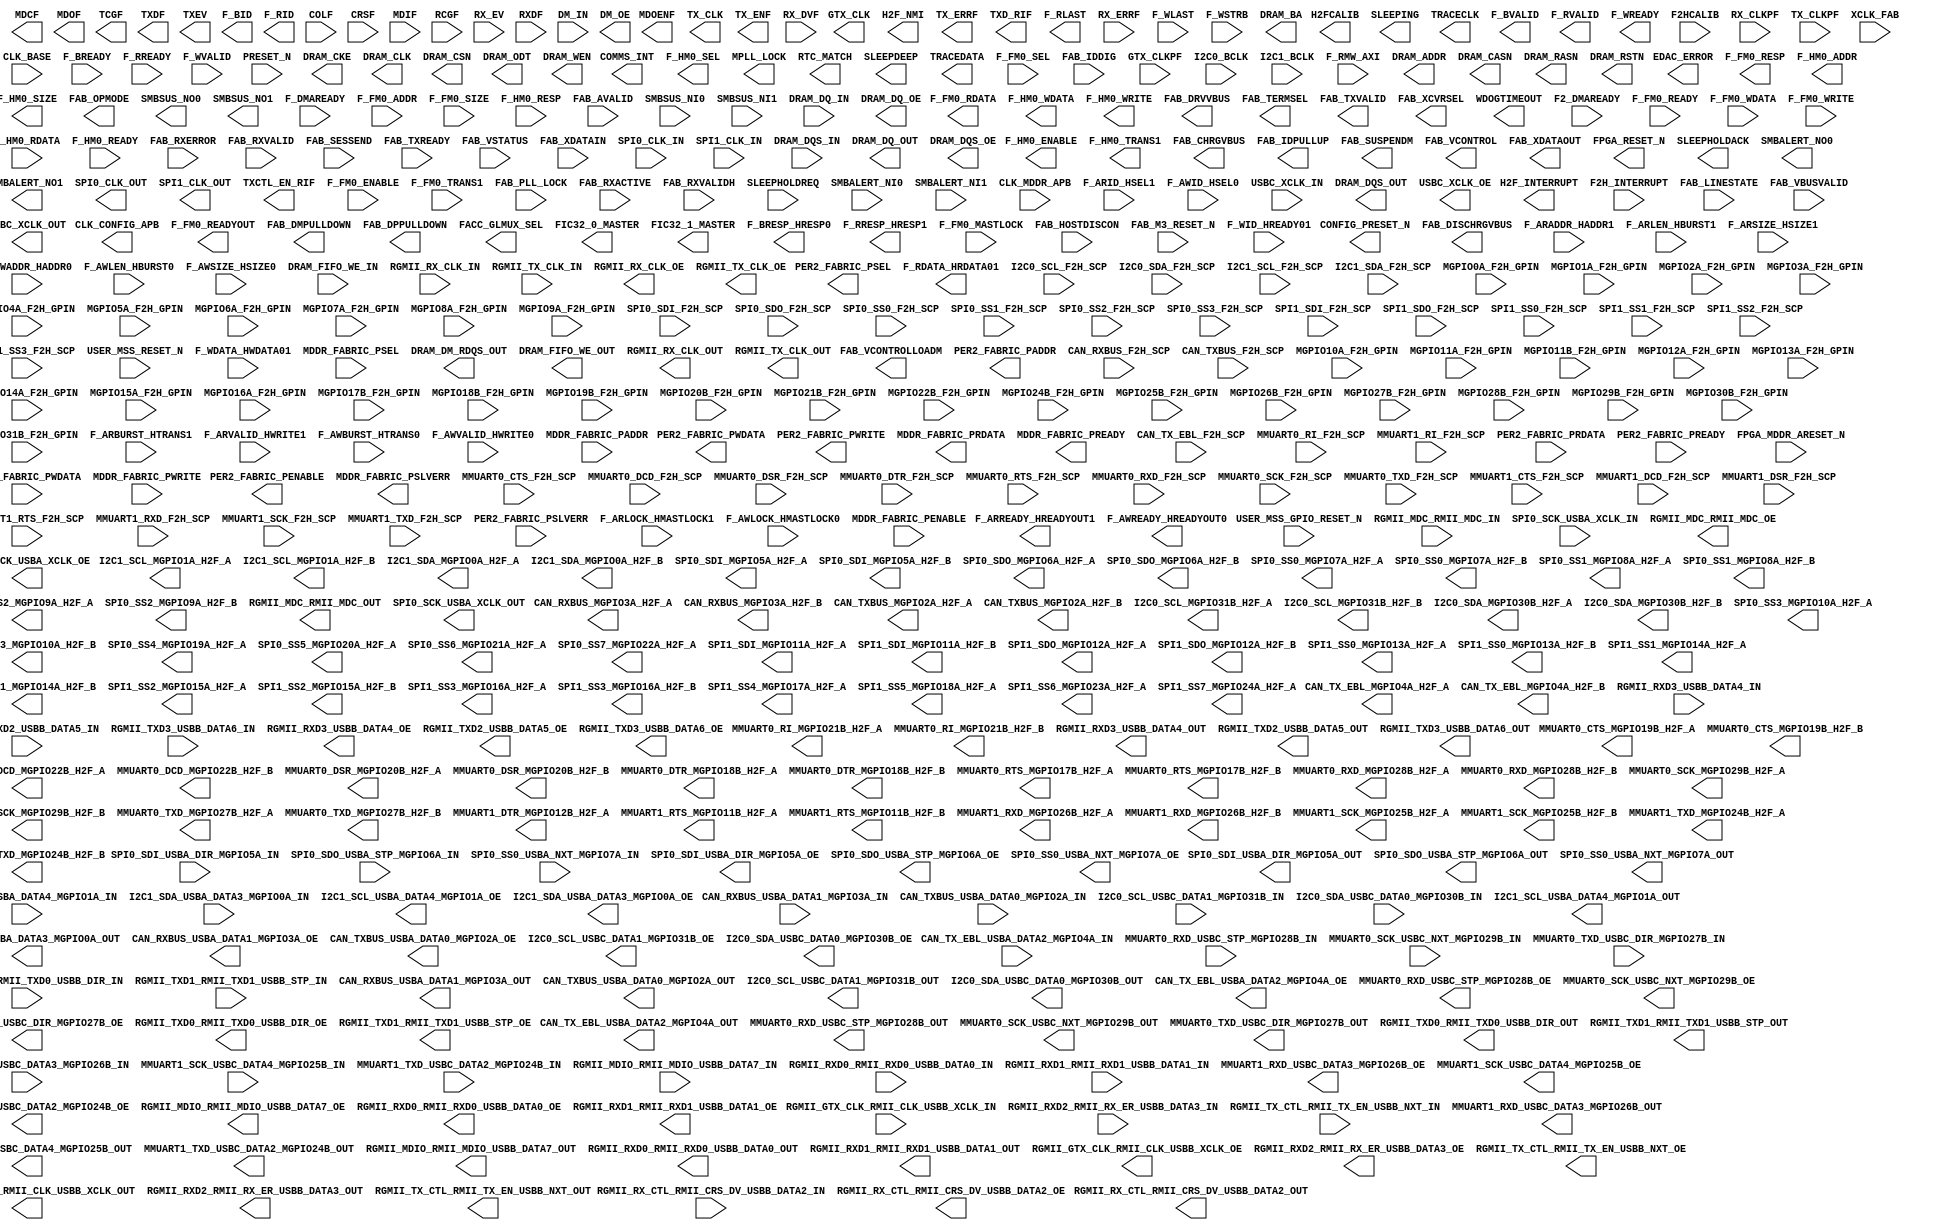
`timescale 1 ns/100 ps
// Version: 


module MSS_005(
       CAN_RXBUS_MGPIO3A_H2F_A,
       CAN_RXBUS_MGPIO3A_H2F_B,
       CAN_TX_EBL_MGPIO4A_H2F_A,
       CAN_TX_EBL_MGPIO4A_H2F_B,
       CAN_TXBUS_MGPIO2A_H2F_A,
       CAN_TXBUS_MGPIO2A_H2F_B,
       CLK_CONFIG_APB,
       COMMS_INT,
       CONFIG_PRESET_N,
       EDAC_ERROR,
       F_FM0_RDATA,
       F_FM0_READYOUT,
       F_FM0_RESP,
       F_HM0_ADDR,
       F_HM0_ENABLE,
       F_HM0_SEL,
       F_HM0_SIZE,
       F_HM0_TRANS1,
       F_HM0_WDATA,
       F_HM0_WRITE,
       FAB_CHRGVBUS,
       FAB_DISCHRGVBUS,
       FAB_DMPULLDOWN,
       FAB_DPPULLDOWN,
       FAB_DRVVBUS,
       FAB_IDPULLUP,
       FAB_OPMODE,
       FAB_SUSPENDM,
       FAB_TERMSEL,
       FAB_TXVALID,
       FAB_VCONTROL,
       FAB_VCONTROLLOADM,
       FAB_XCVRSEL,
       FAB_XDATAOUT,
       FACC_GLMUX_SEL,
       FIC32_0_MASTER,
       FIC32_1_MASTER,
       FPGA_RESET_N,
       GTX_CLK,
       H2F_INTERRUPT,
       H2F_NMI,
       H2FCALIB,
       I2C0_SCL_MGPIO31B_H2F_A,
       I2C0_SCL_MGPIO31B_H2F_B,
       I2C0_SDA_MGPIO30B_H2F_A,
       I2C0_SDA_MGPIO30B_H2F_B,
       I2C1_SCL_MGPIO1A_H2F_A,
       I2C1_SCL_MGPIO1A_H2F_B,
       I2C1_SDA_MGPIO0A_H2F_A,
       I2C1_SDA_MGPIO0A_H2F_B,
       MDCF,
       MDOENF,
       MDOF,
       MMUART0_CTS_MGPIO19B_H2F_A,
       MMUART0_CTS_MGPIO19B_H2F_B,
       MMUART0_DCD_MGPIO22B_H2F_A,
       MMUART0_DCD_MGPIO22B_H2F_B,
       MMUART0_DSR_MGPIO20B_H2F_A,
       MMUART0_DSR_MGPIO20B_H2F_B,
       MMUART0_DTR_MGPIO18B_H2F_A,
       MMUART0_DTR_MGPIO18B_H2F_B,
       MMUART0_RI_MGPIO21B_H2F_A,
       MMUART0_RI_MGPIO21B_H2F_B,
       MMUART0_RTS_MGPIO17B_H2F_A,
       MMUART0_RTS_MGPIO17B_H2F_B,
       MMUART0_RXD_MGPIO28B_H2F_A,
       MMUART0_RXD_MGPIO28B_H2F_B,
       MMUART0_SCK_MGPIO29B_H2F_A,
       MMUART0_SCK_MGPIO29B_H2F_B,
       MMUART0_TXD_MGPIO27B_H2F_A,
       MMUART0_TXD_MGPIO27B_H2F_B,
       MMUART1_DTR_MGPIO12B_H2F_A,
       MMUART1_RTS_MGPIO11B_H2F_A,
       MMUART1_RTS_MGPIO11B_H2F_B,
       MMUART1_RXD_MGPIO26B_H2F_A,
       MMUART1_RXD_MGPIO26B_H2F_B,
       MMUART1_SCK_MGPIO25B_H2F_A,
       MMUART1_SCK_MGPIO25B_H2F_B,
       MMUART1_TXD_MGPIO24B_H2F_A,
       MMUART1_TXD_MGPIO24B_H2F_B,
       MPLL_LOCK,
       PER2_FABRIC_PADDR,
       PER2_FABRIC_PENABLE,
       PER2_FABRIC_PSEL,
       PER2_FABRIC_PWDATA,
       PER2_FABRIC_PWRITE,
       RTC_MATCH,
       SLEEPDEEP,
       SLEEPHOLDACK,
       SLEEPING,
       SMBALERT_NO0,
       SMBALERT_NO1,
       SMBSUS_NO0,
       SMBSUS_NO1,
       SPI0_CLK_OUT,
       SPI0_SDI_MGPIO5A_H2F_A,
       SPI0_SDI_MGPIO5A_H2F_B,
       SPI0_SDO_MGPIO6A_H2F_A,
       SPI0_SDO_MGPIO6A_H2F_B,
       SPI0_SS0_MGPIO7A_H2F_A,
       SPI0_SS0_MGPIO7A_H2F_B,
       SPI0_SS1_MGPIO8A_H2F_A,
       SPI0_SS1_MGPIO8A_H2F_B,
       SPI0_SS2_MGPIO9A_H2F_A,
       SPI0_SS2_MGPIO9A_H2F_B,
       SPI0_SS3_MGPIO10A_H2F_A,
       SPI0_SS3_MGPIO10A_H2F_B,
       SPI0_SS4_MGPIO19A_H2F_A,
       SPI0_SS5_MGPIO20A_H2F_A,
       SPI0_SS6_MGPIO21A_H2F_A,
       SPI0_SS7_MGPIO22A_H2F_A,
       SPI1_CLK_OUT,
       SPI1_SDI_MGPIO11A_H2F_A,
       SPI1_SDI_MGPIO11A_H2F_B,
       SPI1_SDO_MGPIO12A_H2F_A,
       SPI1_SDO_MGPIO12A_H2F_B,
       SPI1_SS0_MGPIO13A_H2F_A,
       SPI1_SS0_MGPIO13A_H2F_B,
       SPI1_SS1_MGPIO14A_H2F_A,
       SPI1_SS1_MGPIO14A_H2F_B,
       SPI1_SS2_MGPIO15A_H2F_A,
       SPI1_SS2_MGPIO15A_H2F_B,
       SPI1_SS3_MGPIO16A_H2F_A,
       SPI1_SS3_MGPIO16A_H2F_B,
       SPI1_SS4_MGPIO17A_H2F_A,
       SPI1_SS5_MGPIO18A_H2F_A,
       SPI1_SS6_MGPIO23A_H2F_A,
       SPI1_SS7_MGPIO24A_H2F_A,
       TCGF,
       TRACECLK,
       TRACEDATA,
       TX_CLK,
       TX_ENF,
       TX_ERRF,
       TXCTL_EN_RIF,
       TXD_RIF,
       TXDF,
       TXEV,
       WDOGTIMEOUT,
       F_ARREADY_HREADYOUT1,
       F_AWREADY_HREADYOUT0,
       F_BID,
       F_BRESP_HRESP0,
       F_BVALID,
       F_RDATA_HRDATA01,
       F_RID,
       F_RLAST,
       F_RRESP_HRESP1,
       F_RVALID,
       F_WREADY,
       MDDR_FABRIC_PRDATA,
       MDDR_FABRIC_PREADY,
       MDDR_FABRIC_PSLVERR,
       CAN_RXBUS_F2H_SCP,
       CAN_TX_EBL_F2H_SCP,
       CAN_TXBUS_F2H_SCP,
       COLF,
       CRSF,
       F2_DMAREADY,
       F2H_INTERRUPT,
       F2HCALIB,
       F_DMAREADY,
       F_FM0_ADDR,
       F_FM0_ENABLE,
       F_FM0_MASTLOCK,
       F_FM0_READY,
       F_FM0_SEL,
       F_FM0_SIZE,
       F_FM0_TRANS1,
       F_FM0_WDATA,
       F_FM0_WRITE,
       F_HM0_RDATA,
       F_HM0_READY,
       F_HM0_RESP,
       FAB_AVALID,
       FAB_HOSTDISCON,
       FAB_IDDIG,
       FAB_LINESTATE,
       FAB_M3_RESET_N,
       FAB_PLL_LOCK,
       FAB_RXACTIVE,
       FAB_RXERROR,
       FAB_RXVALID,
       FAB_RXVALIDH,
       FAB_SESSEND,
       FAB_TXREADY,
       FAB_VBUSVALID,
       FAB_VSTATUS,
       FAB_XDATAIN,
       GTX_CLKPF,
       I2C0_BCLK,
       I2C0_SCL_F2H_SCP,
       I2C0_SDA_F2H_SCP,
       I2C1_BCLK,
       I2C1_SCL_F2H_SCP,
       I2C1_SDA_F2H_SCP,
       MDIF,
       MGPIO0A_F2H_GPIN,
       MGPIO10A_F2H_GPIN,
       MGPIO11A_F2H_GPIN,
       MGPIO11B_F2H_GPIN,
       MGPIO12A_F2H_GPIN,
       MGPIO13A_F2H_GPIN,
       MGPIO14A_F2H_GPIN,
       MGPIO15A_F2H_GPIN,
       MGPIO16A_F2H_GPIN,
       MGPIO17B_F2H_GPIN,
       MGPIO18B_F2H_GPIN,
       MGPIO19B_F2H_GPIN,
       MGPIO1A_F2H_GPIN,
       MGPIO20B_F2H_GPIN,
       MGPIO21B_F2H_GPIN,
       MGPIO22B_F2H_GPIN,
       MGPIO24B_F2H_GPIN,
       MGPIO25B_F2H_GPIN,
       MGPIO26B_F2H_GPIN,
       MGPIO27B_F2H_GPIN,
       MGPIO28B_F2H_GPIN,
       MGPIO29B_F2H_GPIN,
       MGPIO2A_F2H_GPIN,
       MGPIO30B_F2H_GPIN,
       MGPIO31B_F2H_GPIN,
       MGPIO3A_F2H_GPIN,
       MGPIO4A_F2H_GPIN,
       MGPIO5A_F2H_GPIN,
       MGPIO6A_F2H_GPIN,
       MGPIO7A_F2H_GPIN,
       MGPIO8A_F2H_GPIN,
       MGPIO9A_F2H_GPIN,
       MMUART0_CTS_F2H_SCP,
       MMUART0_DCD_F2H_SCP,
       MMUART0_DSR_F2H_SCP,
       MMUART0_DTR_F2H_SCP,
       MMUART0_RI_F2H_SCP,
       MMUART0_RTS_F2H_SCP,
       MMUART0_RXD_F2H_SCP,
       MMUART0_SCK_F2H_SCP,
       MMUART0_TXD_F2H_SCP,
       MMUART1_CTS_F2H_SCP,
       MMUART1_DCD_F2H_SCP,
       MMUART1_DSR_F2H_SCP,
       MMUART1_RI_F2H_SCP,
       MMUART1_RTS_F2H_SCP,
       MMUART1_RXD_F2H_SCP,
       MMUART1_SCK_F2H_SCP,
       MMUART1_TXD_F2H_SCP,
       PER2_FABRIC_PRDATA,
       PER2_FABRIC_PREADY,
       PER2_FABRIC_PSLVERR,
       RCGF,
       RX_CLKPF,
       RX_DVF,
       RX_ERRF,
       RX_EV,
       RXDF,
       SLEEPHOLDREQ,
       SMBALERT_NI0,
       SMBALERT_NI1,
       SMBSUS_NI0,
       SMBSUS_NI1,
       SPI0_CLK_IN,
       SPI0_SDI_F2H_SCP,
       SPI0_SDO_F2H_SCP,
       SPI0_SS0_F2H_SCP,
       SPI0_SS1_F2H_SCP,
       SPI0_SS2_F2H_SCP,
       SPI0_SS3_F2H_SCP,
       SPI1_CLK_IN,
       SPI1_SDI_F2H_SCP,
       SPI1_SDO_F2H_SCP,
       SPI1_SS0_F2H_SCP,
       SPI1_SS1_F2H_SCP,
       SPI1_SS2_F2H_SCP,
       SPI1_SS3_F2H_SCP,
       TX_CLKPF,
       USER_MSS_GPIO_RESET_N,
       USER_MSS_RESET_N,
       XCLK_FAB,
       CLK_BASE,
       CLK_MDDR_APB,
       F_ARADDR_HADDR1,
       F_ARBURST_HTRANS1,
       F_ARID_HSEL1,
       F_ARLEN_HBURST1,
       F_ARLOCK_HMASTLOCK1,
       F_ARSIZE_HSIZE1,
       F_ARVALID_HWRITE1,
       F_AWADDR_HADDR0,
       F_AWBURST_HTRANS0,
       F_AWID_HSEL0,
       F_AWLEN_HBURST0,
       F_AWLOCK_HMASTLOCK0,
       F_AWSIZE_HSIZE0,
       F_AWVALID_HWRITE0,
       F_BREADY,
       F_RMW_AXI,
       F_RREADY,
       F_WDATA_HWDATA01,
       F_WID_HREADY01,
       F_WLAST,
       F_WSTRB,
       F_WVALID,
       FPGA_MDDR_ARESET_N,
       MDDR_FABRIC_PADDR,
       MDDR_FABRIC_PENABLE,
       MDDR_FABRIC_PSEL,
       MDDR_FABRIC_PWDATA,
       MDDR_FABRIC_PWRITE,
       PRESET_N,
       CAN_RXBUS_USBA_DATA1_MGPIO3A_IN,
       CAN_TX_EBL_USBA_DATA2_MGPIO4A_IN,
       CAN_TXBUS_USBA_DATA0_MGPIO2A_IN,
       DM_IN,
       DRAM_DQ_IN,
       DRAM_DQS_IN,
       DRAM_FIFO_WE_IN,
       I2C0_SCL_USBC_DATA1_MGPIO31B_IN,
       I2C0_SDA_USBC_DATA0_MGPIO30B_IN,
       I2C1_SCL_USBA_DATA4_MGPIO1A_IN,
       I2C1_SDA_USBA_DATA3_MGPIO0A_IN,
       MMUART0_RXD_USBC_STP_MGPIO28B_IN,
       MMUART0_SCK_USBC_NXT_MGPIO29B_IN,
       MMUART0_TXD_USBC_DIR_MGPIO27B_IN,
       MMUART1_RXD_USBC_DATA3_MGPIO26B_IN,
       MMUART1_SCK_USBC_DATA4_MGPIO25B_IN,
       MMUART1_TXD_USBC_DATA2_MGPIO24B_IN,
       RGMII_GTX_CLK_RMII_CLK_USBB_XCLK_IN,
       RGMII_MDC_RMII_MDC_IN,
       RGMII_MDIO_RMII_MDIO_USBB_DATA7_IN,
       RGMII_RX_CLK_IN,
       RGMII_RX_CTL_RMII_CRS_DV_USBB_DATA2_IN,
       RGMII_RXD0_RMII_RXD0_USBB_DATA0_IN,
       RGMII_RXD1_RMII_RXD1_USBB_DATA1_IN,
       RGMII_RXD2_RMII_RX_ER_USBB_DATA3_IN,
       RGMII_RXD3_USBB_DATA4_IN,
       RGMII_TX_CLK_IN,
       RGMII_TX_CTL_RMII_TX_EN_USBB_NXT_IN,
       RGMII_TXD0_RMII_TXD0_USBB_DIR_IN,
       RGMII_TXD1_RMII_TXD1_USBB_STP_IN,
       RGMII_TXD2_USBB_DATA5_IN,
       RGMII_TXD3_USBB_DATA6_IN,
       SPI0_SCK_USBA_XCLK_IN,
       SPI0_SDI_USBA_DIR_MGPIO5A_IN,
       SPI0_SDO_USBA_STP_MGPIO6A_IN,
       SPI0_SS0_USBA_NXT_MGPIO7A_IN,
       USBC_XCLK_IN,
       CAN_RXBUS_USBA_DATA1_MGPIO3A_OUT,
       CAN_TX_EBL_USBA_DATA2_MGPIO4A_OUT,
       CAN_TXBUS_USBA_DATA0_MGPIO2A_OUT,
       DRAM_ADDR,
       DRAM_BA,
       DRAM_CASN,
       DRAM_CKE,
       DRAM_CLK,
       DRAM_CSN,
       DRAM_DM_RDQS_OUT,
       DRAM_DQ_OUT,
       DRAM_DQS_OUT,
       DRAM_FIFO_WE_OUT,
       DRAM_ODT,
       DRAM_RASN,
       DRAM_RSTN,
       DRAM_WEN,
       I2C0_SCL_USBC_DATA1_MGPIO31B_OUT,
       I2C0_SDA_USBC_DATA0_MGPIO30B_OUT,
       I2C1_SCL_USBA_DATA4_MGPIO1A_OUT,
       I2C1_SDA_USBA_DATA3_MGPIO0A_OUT,
       MMUART0_RXD_USBC_STP_MGPIO28B_OUT,
       MMUART0_SCK_USBC_NXT_MGPIO29B_OUT,
       MMUART0_TXD_USBC_DIR_MGPIO27B_OUT,
       MMUART1_RXD_USBC_DATA3_MGPIO26B_OUT,
       MMUART1_SCK_USBC_DATA4_MGPIO25B_OUT,
       MMUART1_TXD_USBC_DATA2_MGPIO24B_OUT,
       RGMII_GTX_CLK_RMII_CLK_USBB_XCLK_OUT,
       RGMII_MDC_RMII_MDC_OUT,
       RGMII_MDIO_RMII_MDIO_USBB_DATA7_OUT,
       RGMII_RX_CLK_OUT,
       RGMII_RX_CTL_RMII_CRS_DV_USBB_DATA2_OUT,
       RGMII_RXD0_RMII_RXD0_USBB_DATA0_OUT,
       RGMII_RXD1_RMII_RXD1_USBB_DATA1_OUT,
       RGMII_RXD2_RMII_RX_ER_USBB_DATA3_OUT,
       RGMII_RXD3_USBB_DATA4_OUT,
       RGMII_TX_CLK_OUT,
       RGMII_TX_CTL_RMII_TX_EN_USBB_NXT_OUT,
       RGMII_TXD0_RMII_TXD0_USBB_DIR_OUT,
       RGMII_TXD1_RMII_TXD1_USBB_STP_OUT,
       RGMII_TXD2_USBB_DATA5_OUT,
       RGMII_TXD3_USBB_DATA6_OUT,
       SPI0_SCK_USBA_XCLK_OUT,
       SPI0_SDI_USBA_DIR_MGPIO5A_OUT,
       SPI0_SDO_USBA_STP_MGPIO6A_OUT,
       SPI0_SS0_USBA_NXT_MGPIO7A_OUT,
       USBC_XCLK_OUT,
       CAN_RXBUS_USBA_DATA1_MGPIO3A_OE,
       CAN_TX_EBL_USBA_DATA2_MGPIO4A_OE,
       CAN_TXBUS_USBA_DATA0_MGPIO2A_OE,
       DM_OE,
       DRAM_DQ_OE,
       DRAM_DQS_OE,
       I2C0_SCL_USBC_DATA1_MGPIO31B_OE,
       I2C0_SDA_USBC_DATA0_MGPIO30B_OE,
       I2C1_SCL_USBA_DATA4_MGPIO1A_OE,
       I2C1_SDA_USBA_DATA3_MGPIO0A_OE,
       MMUART0_RXD_USBC_STP_MGPIO28B_OE,
       MMUART0_SCK_USBC_NXT_MGPIO29B_OE,
       MMUART0_TXD_USBC_DIR_MGPIO27B_OE,
       MMUART1_RXD_USBC_DATA3_MGPIO26B_OE,
       MMUART1_SCK_USBC_DATA4_MGPIO25B_OE,
       MMUART1_TXD_USBC_DATA2_MGPIO24B_OE,
       RGMII_GTX_CLK_RMII_CLK_USBB_XCLK_OE,
       RGMII_MDC_RMII_MDC_OE,
       RGMII_MDIO_RMII_MDIO_USBB_DATA7_OE,
       RGMII_RX_CLK_OE,
       RGMII_RX_CTL_RMII_CRS_DV_USBB_DATA2_OE,
       RGMII_RXD0_RMII_RXD0_USBB_DATA0_OE,
       RGMII_RXD1_RMII_RXD1_USBB_DATA1_OE,
       RGMII_RXD2_RMII_RX_ER_USBB_DATA3_OE,
       RGMII_RXD3_USBB_DATA4_OE,
       RGMII_TX_CLK_OE,
       RGMII_TX_CTL_RMII_TX_EN_USBB_NXT_OE,
       RGMII_TXD0_RMII_TXD0_USBB_DIR_OE,
       RGMII_TXD1_RMII_TXD1_USBB_STP_OE,
       RGMII_TXD2_USBB_DATA5_OE,
       RGMII_TXD3_USBB_DATA6_OE,
       SPI0_SCK_USBA_XCLK_OE,
       SPI0_SDI_USBA_DIR_MGPIO5A_OE,
       SPI0_SDO_USBA_STP_MGPIO6A_OE,
       SPI0_SS0_USBA_NXT_MGPIO7A_OE,
       USBC_XCLK_OE
    ) ;
/* synthesis syn_black_box

syn_tsu0 = " CAN_RXBUS_F2H_SCP->CLK_BASE = 1.233"
syn_tsu1 = " F2HCALIB->CLK_BASE = 0.964"
syn_tsu2 = " F2H_INTERRUPT[0]->CLK_BASE = 0.749"
syn_tsu3 = " F2H_INTERRUPT[10]->CLK_BASE = 0.808"
syn_tsu4 = " F2H_INTERRUPT[11]->CLK_BASE = 0.824"
syn_tsu5 = " F2H_INTERRUPT[12]->CLK_BASE = 0.789"
syn_tsu6 = " F2H_INTERRUPT[13]->CLK_BASE = 0.819"
syn_tsu7 = " F2H_INTERRUPT[14]->CLK_BASE = 0.831"
syn_tsu8 = " F2H_INTERRUPT[15]->CLK_BASE = 0.812"
syn_tsu9 = " F2H_INTERRUPT[1]->CLK_BASE = 0.699"
syn_tsu10 = " F2H_INTERRUPT[2]->CLK_BASE = 0.819"
syn_tsu11 = " F2H_INTERRUPT[3]->CLK_BASE = 0.838"
syn_tsu12 = " F2H_INTERRUPT[4]->CLK_BASE = 0.855"
syn_tsu13 = " F2H_INTERRUPT[5]->CLK_BASE = 0.821"
syn_tsu14 = " F2H_INTERRUPT[6]->CLK_BASE = 0.721"
syn_tsu15 = " F2H_INTERRUPT[7]->CLK_BASE = 0.778"
syn_tsu16 = " F2H_INTERRUPT[8]->CLK_BASE = 0.721"
syn_tsu17 = " F2H_INTERRUPT[9]->CLK_BASE = 0.704"
syn_tsu18 = " F_FM0_ADDR[0]->CLK_BASE = 3.157"
syn_tsu19 = " F_FM0_ADDR[10]->CLK_BASE = 4.029"
syn_tsu20 = " F_FM0_ADDR[11]->CLK_BASE = 4.054"
syn_tsu21 = " F_FM0_ADDR[12]->CLK_BASE = 4.19"
syn_tsu22 = " F_FM0_ADDR[13]->CLK_BASE = 3.896"
syn_tsu23 = " F_FM0_ADDR[14]->CLK_BASE = 4.078"
syn_tsu24 = " F_FM0_ADDR[15]->CLK_BASE = 3.993"
syn_tsu25 = " F_FM0_ADDR[16]->CLK_BASE = 3.837"
syn_tsu26 = " F_FM0_ADDR[17]->CLK_BASE = 4.419"
syn_tsu27 = " F_FM0_ADDR[18]->CLK_BASE = 4.784"
syn_tsu28 = " F_FM0_ADDR[19]->CLK_BASE = 4.419"
syn_tsu29 = " F_FM0_ADDR[1]->CLK_BASE = 2.852"
syn_tsu30 = " F_FM0_ADDR[20]->CLK_BASE = 4.72"
syn_tsu31 = " F_FM0_ADDR[21]->CLK_BASE = 4.497"
syn_tsu32 = " F_FM0_ADDR[22]->CLK_BASE = 4.823"
syn_tsu33 = " F_FM0_ADDR[23]->CLK_BASE = 4.319"
syn_tsu34 = " F_FM0_ADDR[24]->CLK_BASE = 4.318"
syn_tsu35 = " F_FM0_ADDR[25]->CLK_BASE = 4.86"
syn_tsu36 = " F_FM0_ADDR[26]->CLK_BASE = 4.38"
syn_tsu37 = " F_FM0_ADDR[27]->CLK_BASE = 4.569"
syn_tsu38 = " F_FM0_ADDR[28]->CLK_BASE = 4.434"
syn_tsu39 = " F_FM0_ADDR[29]->CLK_BASE = 4.528"
syn_tsu40 = " F_FM0_ADDR[2]->CLK_BASE = 3.346"
syn_tsu41 = " F_FM0_ADDR[30]->CLK_BASE = 4.568"
syn_tsu42 = " F_FM0_ADDR[31]->CLK_BASE = 4.691"
syn_tsu43 = " F_FM0_ADDR[3]->CLK_BASE = 2.863"
syn_tsu44 = " F_FM0_ADDR[4]->CLK_BASE = 3.041"
syn_tsu45 = " F_FM0_ADDR[5]->CLK_BASE = 2.907"
syn_tsu46 = " F_FM0_ADDR[6]->CLK_BASE = 3.001"
syn_tsu47 = " F_FM0_ADDR[7]->CLK_BASE = 3.974"
syn_tsu48 = " F_FM0_ADDR[8]->CLK_BASE = 3.948"
syn_tsu49 = " F_FM0_ADDR[9]->CLK_BASE = 4.23"
syn_tsu50 = " F_FM0_ENABLE->CLK_BASE = 1.226"
syn_tsu51 = " F_FM0_MASTLOCK->CLK_BASE = 3.904"
syn_tsu52 = " F_FM0_READY->CLK_BASE = 0.819"
syn_tsu53 = " F_FM0_SEL->CLK_BASE = 1.313"
syn_tsu54 = " F_FM0_SIZE[0]->CLK_BASE = 2.736"
syn_tsu55 = " F_FM0_SIZE[1]->CLK_BASE = 3.034"
syn_tsu56 = " F_FM0_TRANS1->CLK_BASE = 4.832"
syn_tsu57 = " F_FM0_WDATA[0]->CLK_BASE = 2.685"
syn_tsu58 = " F_FM0_WDATA[10]->CLK_BASE = 2.993"
syn_tsu59 = " F_FM0_WDATA[11]->CLK_BASE = 2.691"
syn_tsu60 = " F_FM0_WDATA[12]->CLK_BASE = 2.572"
syn_tsu61 = " F_FM0_WDATA[13]->CLK_BASE = 3.037"
syn_tsu62 = " F_FM0_WDATA[14]->CLK_BASE = 2.965"
syn_tsu63 = " F_FM0_WDATA[15]->CLK_BASE = 2.918"
syn_tsu64 = " F_FM0_WDATA[16]->CLK_BASE = 2.724"
syn_tsu65 = " F_FM0_WDATA[17]->CLK_BASE = 2.852"
syn_tsu66 = " F_FM0_WDATA[18]->CLK_BASE = 2.914"
syn_tsu67 = " F_FM0_WDATA[19]->CLK_BASE = 2.542"
syn_tsu68 = " F_FM0_WDATA[1]->CLK_BASE = 3.374"
syn_tsu69 = " F_FM0_WDATA[20]->CLK_BASE = 2.949"
syn_tsu70 = " F_FM0_WDATA[21]->CLK_BASE = 2.697"
syn_tsu71 = " F_FM0_WDATA[22]->CLK_BASE = 2.682"
syn_tsu72 = " F_FM0_WDATA[23]->CLK_BASE = 2.929"
syn_tsu73 = " F_FM0_WDATA[24]->CLK_BASE = 2.608"
syn_tsu74 = " F_FM0_WDATA[25]->CLK_BASE = 2.801"
syn_tsu75 = " F_FM0_WDATA[26]->CLK_BASE = 2.526"
syn_tsu76 = " F_FM0_WDATA[27]->CLK_BASE = 2.965"
syn_tsu77 = " F_FM0_WDATA[28]->CLK_BASE = 2.645"
syn_tsu78 = " F_FM0_WDATA[29]->CLK_BASE = 2.932"
syn_tsu79 = " F_FM0_WDATA[2]->CLK_BASE = 2.686"
syn_tsu80 = " F_FM0_WDATA[30]->CLK_BASE = 2.873"
syn_tsu81 = " F_FM0_WDATA[31]->CLK_BASE = 2.649"
syn_tsu82 = " F_FM0_WDATA[3]->CLK_BASE = 2.655"
syn_tsu83 = " F_FM0_WDATA[4]->CLK_BASE = 2.92"
syn_tsu84 = " F_FM0_WDATA[5]->CLK_BASE = 2.742"
syn_tsu85 = " F_FM0_WDATA[6]->CLK_BASE = 2.592"
syn_tsu86 = " F_FM0_WDATA[7]->CLK_BASE = 3.007"
syn_tsu87 = " F_FM0_WDATA[8]->CLK_BASE = 3.222"
syn_tsu88 = " F_FM0_WDATA[9]->CLK_BASE = 2.574"
syn_tsu89 = " F_FM0_WRITE->CLK_BASE = 4.863"
syn_tsu90 = " F_HM0_RDATA[0]->CLK_BASE = 3.12"
syn_tsu91 = " F_HM0_RDATA[10]->CLK_BASE = 3.296"
syn_tsu92 = " F_HM0_RDATA[11]->CLK_BASE = 2.921"
syn_tsu93 = " F_HM0_RDATA[12]->CLK_BASE = 3.507"
syn_tsu94 = " F_HM0_RDATA[13]->CLK_BASE = 3.101"
syn_tsu95 = " F_HM0_RDATA[14]->CLK_BASE = 3.24"
syn_tsu96 = " F_HM0_RDATA[15]->CLK_BASE = 3.109"
syn_tsu97 = " F_HM0_RDATA[16]->CLK_BASE = 3.21"
syn_tsu98 = " F_HM0_RDATA[17]->CLK_BASE = 3.114"
syn_tsu99 = " F_HM0_RDATA[18]->CLK_BASE = 3.195"
syn_tsu100 = " F_HM0_RDATA[19]->CLK_BASE = 3.425"
syn_tsu101 = " F_HM0_RDATA[1]->CLK_BASE = 2.673"
syn_tsu102 = " F_HM0_RDATA[20]->CLK_BASE = 2.867"
syn_tsu103 = " F_HM0_RDATA[21]->CLK_BASE = 2.936"
syn_tsu104 = " F_HM0_RDATA[22]->CLK_BASE = 3.257"
syn_tsu105 = " F_HM0_RDATA[23]->CLK_BASE = 3.259"
syn_tsu106 = " F_HM0_RDATA[24]->CLK_BASE = 3.609"
syn_tsu107 = " F_HM0_RDATA[25]->CLK_BASE = 3.238"
syn_tsu108 = " F_HM0_RDATA[26]->CLK_BASE = 3.267"
syn_tsu109 = " F_HM0_RDATA[27]->CLK_BASE = 3.24"
syn_tsu110 = " F_HM0_RDATA[28]->CLK_BASE = 3.241"
syn_tsu111 = " F_HM0_RDATA[29]->CLK_BASE = 3.637"
syn_tsu112 = " F_HM0_RDATA[2]->CLK_BASE = 2.936"
syn_tsu113 = " F_HM0_RDATA[30]->CLK_BASE = 2.919"
syn_tsu114 = " F_HM0_RDATA[31]->CLK_BASE = 3.143"
syn_tsu115 = " F_HM0_RDATA[3]->CLK_BASE = 2.843"
syn_tsu116 = " F_HM0_RDATA[4]->CLK_BASE = 3.058"
syn_tsu117 = " F_HM0_RDATA[5]->CLK_BASE = 2.697"
syn_tsu118 = " F_HM0_RDATA[6]->CLK_BASE = 2.868"
syn_tsu119 = " F_HM0_RDATA[7]->CLK_BASE = 3.035"
syn_tsu120 = " F_HM0_RDATA[8]->CLK_BASE = 2.869"
syn_tsu121 = " F_HM0_RDATA[9]->CLK_BASE = 3.312"
syn_tsu122 = " F_HM0_READY->CLK_BASE = 3.808"
syn_tsu123 = " F_HM0_RESP->CLK_BASE = 3.565"
syn_tsu124 = " I2C0_SDA_F2H_SCP->I2C0_SCL_F2H_SCP = 0"
syn_tsu125 = " I2C1_SDA_F2H_SCP->I2C1_SCL_F2H_SCP = 0"
syn_tsu126 = " MGPIO0A_F2H_GPIN->CLK_BASE = 0.83"
syn_tsu127 = " MGPIO10A_F2H_GPIN->CLK_BASE = 0.959"
syn_tsu128 = " MGPIO11A_F2H_GPIN->CLK_BASE = 0.835"
syn_tsu129 = " MGPIO11B_F2H_GPIN->CLK_BASE = 0.967"
syn_tsu130 = " MGPIO12A_F2H_GPIN->CLK_BASE = 0.824"
syn_tsu131 = " MGPIO13A_F2H_GPIN->CLK_BASE = 0.712"
syn_tsu132 = " MGPIO14A_F2H_GPIN->CLK_BASE = 0.788"
syn_tsu133 = " MGPIO15A_F2H_GPIN->CLK_BASE = 0.611"
syn_tsu134 = " MGPIO16A_F2H_GPIN->CLK_BASE = 0.676"
syn_tsu135 = " MGPIO17B_F2H_GPIN->CLK_BASE = 0.84"
syn_tsu136 = " MGPIO18B_F2H_GPIN->CLK_BASE = 0.991"
syn_tsu137 = " MGPIO19B_F2H_GPIN->CLK_BASE = 0.872"
syn_tsu138 = " MGPIO1A_F2H_GPIN->CLK_BASE = 1.121"
syn_tsu139 = " MGPIO20B_F2H_GPIN->CLK_BASE = 0.931"
syn_tsu140 = " MGPIO21B_F2H_GPIN->CLK_BASE = 0.983"
syn_tsu141 = " MGPIO22B_F2H_GPIN->CLK_BASE = 0.903"
syn_tsu142 = " MGPIO24B_F2H_GPIN->CLK_BASE = 0.687"
syn_tsu143 = " MGPIO25B_F2H_GPIN->CLK_BASE = 0.69"
syn_tsu144 = " MGPIO26B_F2H_GPIN->CLK_BASE = 0.987"
syn_tsu145 = " MGPIO27B_F2H_GPIN->CLK_BASE = 1.173"
syn_tsu146 = " MGPIO28B_F2H_GPIN->CLK_BASE = 1.2"
syn_tsu147 = " MGPIO29B_F2H_GPIN->CLK_BASE = 0.751"
syn_tsu148 = " MGPIO2A_F2H_GPIN->CLK_BASE = 1.039"
syn_tsu149 = " MGPIO30B_F2H_GPIN->CLK_BASE = 0.892"
syn_tsu150 = " MGPIO31B_F2H_GPIN->CLK_BASE = 1.181"
syn_tsu151 = " MGPIO3A_F2H_GPIN->CLK_BASE = 0.922"
syn_tsu152 = " MGPIO4A_F2H_GPIN->CLK_BASE = 0.926"
syn_tsu153 = " MGPIO5A_F2H_GPIN->CLK_BASE = 0.976"
syn_tsu154 = " MGPIO6A_F2H_GPIN->CLK_BASE = 0.907"
syn_tsu155 = " MGPIO7A_F2H_GPIN->CLK_BASE = 0.955"
syn_tsu156 = " MGPIO8A_F2H_GPIN->CLK_BASE = 0.963"
syn_tsu157 = " MGPIO9A_F2H_GPIN->CLK_BASE = 0.994"
syn_tsu158 = " MMUART0_CTS_F2H_SCP->CLK_BASE = 1.358"
syn_tsu159 = " MMUART0_DCD_F2H_SCP->CLK_BASE = 1.696"
syn_tsu160 = " MMUART0_DSR_F2H_SCP->CLK_BASE = 1.538"
syn_tsu161 = " MMUART0_RI_F2H_SCP->CLK_BASE = 1.322"
syn_tsu162 = " MMUART0_RXD_F2H_SCP->CLK_BASE = 1.45"
syn_tsu163 = " MMUART0_SCK_F2H_SCP->CLK_BASE = 1.276"
syn_tsu164 = " MMUART0_TXD_F2H_SCP->CLK_BASE = 1.49"
syn_tsu165 = " MMUART1_CTS_F2H_SCP->CLK_BASE = 1.616"
syn_tsu166 = " MMUART1_DCD_F2H_SCP->CLK_BASE = 1.558"
syn_tsu167 = " MMUART1_DSR_F2H_SCP->CLK_BASE = 1.582"
syn_tsu168 = " MMUART1_RI_F2H_SCP->CLK_BASE = 1.452"
syn_tsu169 = " MMUART1_RXD_F2H_SCP->CLK_BASE = 1.21"
syn_tsu170 = " MMUART1_SCK_F2H_SCP->CLK_BASE = 1.608"
syn_tsu171 = " MMUART1_TXD_F2H_SCP->CLK_BASE = 1.273"
syn_tsu172 = " SMBALERT_NI0->I2C0_SCL_F2H_SCP = 0"
syn_tsu173 = " SMBALERT_NI1->I2C1_SCL_F2H_SCP = 0"
syn_tsu174 = " SMBSUS_NI0->I2C0_SCL_F2H_SCP = 0"
syn_tsu175 = " SMBSUS_NI1->I2C1_SCL_F2H_SCP = 0"
syn_tsu176 = " SPI0_SDI_F2H_SCP->SPI0_CLK_IN = 1.173"
syn_tsu177 = " SPI1_SDI_F2H_SCP->SPI1_CLK_IN = 0.833"
syn_tco0 = " CLK_BASE->CAN_RXBUS_MGPIO3A_H2F_A = 3.617"
syn_tco1 = " CLK_BASE->CAN_RXBUS_MGPIO3A_H2F_B = 3.547"
syn_tco2 = " CLK_BASE->CAN_TXBUS_MGPIO2A_H2F_A = 3.909"
syn_tco3 = " CLK_BASE->CAN_TXBUS_MGPIO2A_H2F_B = 3.486"
syn_tco4 = " CLK_BASE->CAN_TXBUS_USBA_DATA0_MGPIO2A_OUT = 3.540"
syn_tco5 = " CLK_BASE->CAN_TX_EBL_MGPIO4A_H2F_A = 3.594"
syn_tco6 = " CLK_BASE->CAN_TX_EBL_MGPIO4A_H2F_B = 3.404"
syn_tco7 = " CLK_BASE->CAN_TX_EBL_USBA_DATA2_MGPIO4A_OUT = 3.367"
syn_tco8 = " CLK_BASE->F_FM0_RDATA[0] = 5.412"
syn_tco9 = " CLK_BASE->F_FM0_RDATA[10] = 5.420"
syn_tco10 = " CLK_BASE->F_FM0_RDATA[11] = 4.978"
syn_tco11 = " CLK_BASE->F_FM0_RDATA[12] = 5.103"
syn_tco12 = " CLK_BASE->F_FM0_RDATA[13] = 5.008"
syn_tco13 = " CLK_BASE->F_FM0_RDATA[14] = 5.055"
syn_tco14 = " CLK_BASE->F_FM0_RDATA[15] = 5.791"
syn_tco15 = " CLK_BASE->F_FM0_RDATA[16] = 5.619"
syn_tco16 = " CLK_BASE->F_FM0_RDATA[17] = 5.271"
syn_tco17 = " CLK_BASE->F_FM0_RDATA[18] = 5.340"
syn_tco18 = " CLK_BASE->F_FM0_RDATA[19] = 5.091"
syn_tco19 = " CLK_BASE->F_FM0_RDATA[1] = 5.700"
syn_tco20 = " CLK_BASE->F_FM0_RDATA[20] = 4.983"
syn_tco21 = " CLK_BASE->F_FM0_RDATA[21] = 5.278"
syn_tco22 = " CLK_BASE->F_FM0_RDATA[22] = 5.141"
syn_tco23 = " CLK_BASE->F_FM0_RDATA[23] = 5.168"
syn_tco24 = " CLK_BASE->F_FM0_RDATA[24] = 5.425"
syn_tco25 = " CLK_BASE->F_FM0_RDATA[25] = 5.284"
syn_tco26 = " CLK_BASE->F_FM0_RDATA[26] = 5.233"
syn_tco27 = " CLK_BASE->F_FM0_RDATA[27] = 5.025"
syn_tco28 = " CLK_BASE->F_FM0_RDATA[28] = 5.221"
syn_tco29 = " CLK_BASE->F_FM0_RDATA[29] = 5.279"
syn_tco30 = " CLK_BASE->F_FM0_RDATA[2] = 5.203"
syn_tco31 = " CLK_BASE->F_FM0_RDATA[30] = 5.358"
syn_tco32 = " CLK_BASE->F_FM0_RDATA[31] = 5.119"
syn_tco33 = " CLK_BASE->F_FM0_RDATA[3] = 5.132"
syn_tco34 = " CLK_BASE->F_FM0_RDATA[4] = 5.484"
syn_tco35 = " CLK_BASE->F_FM0_RDATA[5] = 5.174"
syn_tco36 = " CLK_BASE->F_FM0_RDATA[6] = 5.355"
syn_tco37 = " CLK_BASE->F_FM0_RDATA[7] = 5.007"
syn_tco38 = " CLK_BASE->F_FM0_RDATA[8] = 5.219"
syn_tco39 = " CLK_BASE->F_FM0_RDATA[9] = 4.890"
syn_tco40 = " CLK_BASE->F_FM0_READYOUT = 5.347"
syn_tco41 = " CLK_BASE->F_FM0_RESP = 5.191"
syn_tco42 = " CLK_BASE->F_HM0_ADDR[0] = 7.646"
syn_tco43 = " CLK_BASE->F_HM0_ADDR[10] = 7.646"
syn_tco44 = " CLK_BASE->F_HM0_ADDR[11] = 7.894"
syn_tco45 = " CLK_BASE->F_HM0_ADDR[12] = 7.786"
syn_tco46 = " CLK_BASE->F_HM0_ADDR[13] = 7.619"
syn_tco47 = " CLK_BASE->F_HM0_ADDR[14] = 7.580"
syn_tco48 = " CLK_BASE->F_HM0_ADDR[15] = 7.896"
syn_tco49 = " CLK_BASE->F_HM0_ADDR[16] = 7.534"
syn_tco50 = " CLK_BASE->F_HM0_ADDR[17] = 7.640"
syn_tco51 = " CLK_BASE->F_HM0_ADDR[18] = 7.573"
syn_tco52 = " CLK_BASE->F_HM0_ADDR[19] = 7.577"
syn_tco53 = " CLK_BASE->F_HM0_ADDR[1] = 7.419"
syn_tco54 = " CLK_BASE->F_HM0_ADDR[20] = 7.596"
syn_tco55 = " CLK_BASE->F_HM0_ADDR[21] = 7.461"
syn_tco56 = " CLK_BASE->F_HM0_ADDR[22] = 7.448"
syn_tco57 = " CLK_BASE->F_HM0_ADDR[23] = 7.480"
syn_tco58 = " CLK_BASE->F_HM0_ADDR[24] = 7.701"
syn_tco59 = " CLK_BASE->F_HM0_ADDR[25] = 7.493"
syn_tco60 = " CLK_BASE->F_HM0_ADDR[26] = 7.461"
syn_tco61 = " CLK_BASE->F_HM0_ADDR[27] = 7.491"
syn_tco62 = " CLK_BASE->F_HM0_ADDR[28] = 7.925"
syn_tco63 = " CLK_BASE->F_HM0_ADDR[29] = 7.536"
syn_tco64 = " CLK_BASE->F_HM0_ADDR[2] = 7.617"
syn_tco65 = " CLK_BASE->F_HM0_ADDR[30] = 8.075"
syn_tco66 = " CLK_BASE->F_HM0_ADDR[31] = 7.991"
syn_tco67 = " CLK_BASE->F_HM0_ADDR[3] = 7.668"
syn_tco68 = " CLK_BASE->F_HM0_ADDR[4] = 7.614"
syn_tco69 = " CLK_BASE->F_HM0_ADDR[5] = 7.579"
syn_tco70 = " CLK_BASE->F_HM0_ADDR[6] = 7.514"
syn_tco71 = " CLK_BASE->F_HM0_ADDR[7] = 7.741"
syn_tco72 = " CLK_BASE->F_HM0_ADDR[8] = 7.595"
syn_tco73 = " CLK_BASE->F_HM0_ADDR[9] = 7.912"
syn_tco74 = " CLK_BASE->F_HM0_SEL = 7.743"
syn_tco75 = " CLK_BASE->F_HM0_SIZE[0] = 7.802"
syn_tco76 = " CLK_BASE->F_HM0_SIZE[1] = 7.563"
syn_tco77 = " CLK_BASE->F_HM0_TRANS1 = 7.280"
syn_tco78 = " CLK_BASE->F_HM0_WDATA[0] = 6.425"
syn_tco79 = " CLK_BASE->F_HM0_WDATA[10] = 5.993"
syn_tco80 = " CLK_BASE->F_HM0_WDATA[11] = 6.473"
syn_tco81 = " CLK_BASE->F_HM0_WDATA[12] = 5.727"
syn_tco82 = " CLK_BASE->F_HM0_WDATA[13] = 6.455"
syn_tco83 = " CLK_BASE->F_HM0_WDATA[14] = 6.092"
syn_tco84 = " CLK_BASE->F_HM0_WDATA[15] = 6.803"
syn_tco85 = " CLK_BASE->F_HM0_WDATA[16] = 6.071"
syn_tco86 = " CLK_BASE->F_HM0_WDATA[17] = 6.003"
syn_tco87 = " CLK_BASE->F_HM0_WDATA[18] = 6.408"
syn_tco88 = " CLK_BASE->F_HM0_WDATA[19] = 6.423"
syn_tco89 = " CLK_BASE->F_HM0_WDATA[1] = 5.850"
syn_tco90 = " CLK_BASE->F_HM0_WDATA[20] = 5.910"
syn_tco91 = " CLK_BASE->F_HM0_WDATA[21] = 5.920"
syn_tco92 = " CLK_BASE->F_HM0_WDATA[22] = 5.826"
syn_tco93 = " CLK_BASE->F_HM0_WDATA[23] = 6.095"
syn_tco94 = " CLK_BASE->F_HM0_WDATA[24] = 6.341"
syn_tco95 = " CLK_BASE->F_HM0_WDATA[25] = 5.974"
syn_tco96 = " CLK_BASE->F_HM0_WDATA[26] = 5.838"
syn_tco97 = " CLK_BASE->F_HM0_WDATA[27] = 6.082"
syn_tco98 = " CLK_BASE->F_HM0_WDATA[28] = 6.261"
syn_tco99 = " CLK_BASE->F_HM0_WDATA[29] = 6.120"
syn_tco100 = " CLK_BASE->F_HM0_WDATA[2] = 5.946"
syn_tco101 = " CLK_BASE->F_HM0_WDATA[30] = 6.531"
syn_tco102 = " CLK_BASE->F_HM0_WDATA[31] = 6.205"
syn_tco103 = " CLK_BASE->F_HM0_WDATA[3] = 6.195"
syn_tco104 = " CLK_BASE->F_HM0_WDATA[4] = 5.665"
syn_tco105 = " CLK_BASE->F_HM0_WDATA[5] = 6.005"
syn_tco106 = " CLK_BASE->F_HM0_WDATA[6] = 6.229"
syn_tco107 = " CLK_BASE->F_HM0_WDATA[7] = 6.302"
syn_tco108 = " CLK_BASE->F_HM0_WDATA[8] = 6.187"
syn_tco109 = " CLK_BASE->F_HM0_WDATA[9] = 5.830"
syn_tco110 = " CLK_BASE->F_HM0_WRITE = 7.565"
syn_tco111 = " CLK_BASE->H2FCALIB = 3.861"
syn_tco112 = " CLK_BASE->I2C0_SCL_MGPIO31B_H2F_B = 3.675"
syn_tco113 = " CLK_BASE->I2C0_SCL_USBC_DATA1_MGPIO31B_OE = 3.949"
syn_tco114 = " CLK_BASE->I2C0_SDA_MGPIO30B_H2F_A = 3.458"
syn_tco115 = " CLK_BASE->I2C0_SDA_MGPIO30B_H2F_B = 3.438"
syn_tco116 = " CLK_BASE->I2C0_SDA_USBC_DATA0_MGPIO30B_OE = 3.400"
syn_tco117 = " CLK_BASE->I2C1_SCL_MGPIO1A_H2F_B = 3.431"
syn_tco118 = " CLK_BASE->I2C1_SCL_USBA_DATA4_MGPIO1A_OE = 3.433"
syn_tco119 = " CLK_BASE->I2C1_SDA_MGPIO0A_H2F_A = 3.684"
syn_tco120 = " CLK_BASE->I2C1_SDA_MGPIO0A_H2F_B = 3.491"
syn_tco121 = " CLK_BASE->I2C1_SDA_USBA_DATA3_MGPIO0A_OE = 3.404"
syn_tco122 = " CLK_BASE->MMUART0_CTS_MGPIO19B_H2F_A = 3.656"
syn_tco123 = " CLK_BASE->MMUART0_CTS_MGPIO19B_H2F_B = 3.549"
syn_tco124 = " CLK_BASE->MMUART0_DCD_MGPIO22B_H2F_A = 3.454"
syn_tco125 = " CLK_BASE->MMUART0_DCD_MGPIO22B_H2F_B = 3.495"
syn_tco126 = " CLK_BASE->MMUART0_DSR_MGPIO20B_H2F_A = 3.449"
syn_tco127 = " CLK_BASE->MMUART0_DSR_MGPIO20B_H2F_B = 3.578"
syn_tco128 = " CLK_BASE->MMUART0_DTR_MGPIO18B_H2F_A = 3.375"
syn_tco129 = " CLK_BASE->MMUART0_DTR_MGPIO18B_H2F_B = 3.502"
syn_tco130 = " CLK_BASE->MMUART0_RI_MGPIO21B_H2F_A = 3.553"
syn_tco131 = " CLK_BASE->MMUART0_RI_MGPIO21B_H2F_B = 3.466"
syn_tco132 = " CLK_BASE->MMUART0_RTS_MGPIO17B_H2F_A = 3.855"
syn_tco133 = " CLK_BASE->MMUART0_RTS_MGPIO17B_H2F_B = 3.877"
syn_tco134 = " CLK_BASE->MMUART0_RXD_MGPIO28B_H2F_A = 3.397"
syn_tco135 = " CLK_BASE->MMUART0_RXD_MGPIO28B_H2F_B = 3.357"
syn_tco136 = " CLK_BASE->MMUART0_SCK_MGPIO29B_H2F_A = 3.431"
syn_tco137 = " CLK_BASE->MMUART0_SCK_MGPIO29B_H2F_B = 3.556"
syn_tco138 = " CLK_BASE->MMUART0_SCK_USBC_NXT_MGPIO29B_OE = 3.793"
syn_tco139 = " CLK_BASE->MMUART0_SCK_USBC_NXT_MGPIO29B_OUT = 3.039"
syn_tco140 = " CLK_BASE->MMUART0_TXD_MGPIO27B_H2F_A = 3.643"
syn_tco141 = " CLK_BASE->MMUART0_TXD_MGPIO27B_H2F_B = 3.468"
syn_tco142 = " CLK_BASE->MMUART0_TXD_USBC_DIR_MGPIO27B_OE = 4.089"
syn_tco143 = " CLK_BASE->MMUART0_TXD_USBC_DIR_MGPIO27B_OUT = 3.856"
syn_tco144 = " CLK_BASE->MMUART1_DTR_MGPIO12B_H2F_A = 3.677"
syn_tco145 = " CLK_BASE->MMUART1_RTS_MGPIO11B_H2F_A = 3.375"
syn_tco146 = " CLK_BASE->MMUART1_RTS_MGPIO11B_H2F_B = 3.419"
syn_tco147 = " CLK_BASE->MMUART1_RXD_MGPIO26B_H2F_A = 3.614"
syn_tco148 = " CLK_BASE->MMUART1_RXD_MGPIO26B_H2F_B = 3.457"
syn_tco149 = " CLK_BASE->MMUART1_SCK_MGPIO25B_H2F_A = 3.462"
syn_tco150 = " CLK_BASE->MMUART1_SCK_MGPIO25B_H2F_B = 3.408"
syn_tco151 = " CLK_BASE->MMUART1_SCK_USBC_DATA4_MGPIO25B_OE = 4.698"
syn_tco152 = " CLK_BASE->MMUART1_SCK_USBC_DATA4_MGPIO25B_OUT = 3.495"
syn_tco153 = " CLK_BASE->MMUART1_TXD_MGPIO24B_H2F_A = 3.996"
syn_tco154 = " CLK_BASE->MMUART1_TXD_MGPIO24B_H2F_B = 3.785"
syn_tco155 = " CLK_BASE->MMUART1_TXD_USBC_DATA2_MGPIO24B_OE = 4.616"
syn_tco156 = " CLK_BASE->MMUART1_TXD_USBC_DATA2_MGPIO24B_OUT = 4.516"
syn_tco157 = " CLK_BASE->RGMII_MDIO_RMII_MDIO_USBB_DATA7_OE = 3.665"
syn_tco158 = " CLK_BASE->RGMII_MDIO_RMII_MDIO_USBB_DATA7_OUT = 4.140"
syn_tco159 = " CLK_BASE->SPI0_SDI_MGPIO5A_H2F_A = 3.511"
syn_tco160 = " CLK_BASE->SPI0_SDI_MGPIO5A_H2F_B = 3.471"
syn_tco161 = " CLK_BASE->SPI0_SDO_MGPIO6A_H2F_A = 4.337"
syn_tco162 = " CLK_BASE->SPI0_SDO_MGPIO6A_H2F_B = 4.244"
syn_tco163 = " CLK_BASE->SPI0_SDO_USBA_STP_MGPIO6A_OE = 5.858"
syn_tco164 = " CLK_BASE->SPI0_SDO_USBA_STP_MGPIO6A_OUT = 5.808"
syn_tco165 = " CLK_BASE->SPI0_SS0_MGPIO7A_H2F_A = 3.983"
syn_tco166 = " CLK_BASE->SPI0_SS0_MGPIO7A_H2F_B = 3.568"
syn_tco167 = " CLK_BASE->SPI0_SS1_MGPIO8A_H2F_A = 3.534"
syn_tco168 = " CLK_BASE->SPI0_SS1_MGPIO8A_H2F_B = 3.519"
syn_tco169 = " CLK_BASE->SPI0_SS2_MGPIO9A_H2F_A = 3.373"
syn_tco170 = " CLK_BASE->SPI0_SS2_MGPIO9A_H2F_B = 3.515"
syn_tco171 = " CLK_BASE->SPI0_SS3_MGPIO10A_H2F_A = 3.481"
syn_tco172 = " CLK_BASE->SPI0_SS3_MGPIO10A_H2F_B = 3.428"
syn_tco173 = " CLK_BASE->SPI0_SS4_MGPIO19A_H2F_A = 3.739"
syn_tco174 = " CLK_BASE->SPI0_SS5_MGPIO20A_H2F_A = 3.610"
syn_tco175 = " CLK_BASE->SPI0_SS6_MGPIO21A_H2F_A = 3.606"
syn_tco176 = " CLK_BASE->SPI0_SS7_MGPIO22A_H2F_A = 3.537"
syn_tco177 = " CLK_BASE->SPI1_SDI_MGPIO11A_H2F_A = 3.370"
syn_tco178 = " CLK_BASE->SPI1_SDI_MGPIO11A_H2F_B = 3.462"
syn_tco179 = " CLK_BASE->SPI1_SDO_MGPIO12A_H2F_A = 3.507"
syn_tco180 = " CLK_BASE->SPI1_SDO_MGPIO12A_H2F_B = 3.385"
syn_tco181 = " CLK_BASE->SPI1_SS0_MGPIO13A_H2F_A = 3.438"
syn_tco182 = " CLK_BASE->SPI1_SS0_MGPIO13A_H2F_B = 3.446"
syn_tco183 = " CLK_BASE->SPI1_SS1_MGPIO14A_H2F_A = 3.653"
syn_tco184 = " CLK_BASE->SPI1_SS1_MGPIO14A_H2F_B = 3.831"
syn_tco185 = " CLK_BASE->SPI1_SS2_MGPIO15A_H2F_A = 4.276"
syn_tco186 = " CLK_BASE->SPI1_SS2_MGPIO15A_H2F_B = 3.571"
syn_tco187 = " CLK_BASE->SPI1_SS3_MGPIO16A_H2F_A = 3.756"
syn_tco188 = " CLK_BASE->SPI1_SS3_MGPIO16A_H2F_B = 3.737"
syn_tco189 = " CLK_BASE->SPI1_SS4_MGPIO17A_H2F_A = 3.823"
syn_tco190 = " CLK_BASE->SPI1_SS5_MGPIO18A_H2F_A = 3.603"
syn_tco191 = " CLK_BASE->SPI1_SS6_MGPIO23A_H2F_A = 3.716"
syn_tco192 = " CLK_BASE->SPI1_SS7_MGPIO24A_H2F_A = 3.992"
*/
/* synthesis black_box_pad_pin ="" */
output CAN_RXBUS_MGPIO3A_H2F_A;
output CAN_RXBUS_MGPIO3A_H2F_B;
output CAN_TX_EBL_MGPIO4A_H2F_A;
output CAN_TX_EBL_MGPIO4A_H2F_B;
output CAN_TXBUS_MGPIO2A_H2F_A;
output CAN_TXBUS_MGPIO2A_H2F_B;
output CLK_CONFIG_APB;
output COMMS_INT;
output CONFIG_PRESET_N;
output [7:0] EDAC_ERROR;
output [31:0] F_FM0_RDATA;
output F_FM0_READYOUT;
output F_FM0_RESP;
output [31:0] F_HM0_ADDR;
output F_HM0_ENABLE;
output F_HM0_SEL;
output [1:0] F_HM0_SIZE;
output F_HM0_TRANS1;
output [31:0] F_HM0_WDATA;
output F_HM0_WRITE;
output FAB_CHRGVBUS;
output FAB_DISCHRGVBUS;
output FAB_DMPULLDOWN;
output FAB_DPPULLDOWN;
output FAB_DRVVBUS;
output FAB_IDPULLUP;
output [1:0] FAB_OPMODE;
output FAB_SUSPENDM;
output FAB_TERMSEL;
output FAB_TXVALID;
output [3:0] FAB_VCONTROL;
output FAB_VCONTROLLOADM;
output [1:0] FAB_XCVRSEL;
output [7:0] FAB_XDATAOUT;
output FACC_GLMUX_SEL;
output [1:0] FIC32_0_MASTER;
output [1:0] FIC32_1_MASTER;
output FPGA_RESET_N;
output GTX_CLK;
output [15:0] H2F_INTERRUPT;
output H2F_NMI;
output H2FCALIB;
output I2C0_SCL_MGPIO31B_H2F_A;
output I2C0_SCL_MGPIO31B_H2F_B;
output I2C0_SDA_MGPIO30B_H2F_A;
output I2C0_SDA_MGPIO30B_H2F_B;
output I2C1_SCL_MGPIO1A_H2F_A;
output I2C1_SCL_MGPIO1A_H2F_B;
output I2C1_SDA_MGPIO0A_H2F_A;
output I2C1_SDA_MGPIO0A_H2F_B;
output MDCF;
output MDOENF;
output MDOF;
output MMUART0_CTS_MGPIO19B_H2F_A;
output MMUART0_CTS_MGPIO19B_H2F_B;
output MMUART0_DCD_MGPIO22B_H2F_A;
output MMUART0_DCD_MGPIO22B_H2F_B;
output MMUART0_DSR_MGPIO20B_H2F_A;
output MMUART0_DSR_MGPIO20B_H2F_B;
output MMUART0_DTR_MGPIO18B_H2F_A;
output MMUART0_DTR_MGPIO18B_H2F_B;
output MMUART0_RI_MGPIO21B_H2F_A;
output MMUART0_RI_MGPIO21B_H2F_B;
output MMUART0_RTS_MGPIO17B_H2F_A;
output MMUART0_RTS_MGPIO17B_H2F_B;
output MMUART0_RXD_MGPIO28B_H2F_A;
output MMUART0_RXD_MGPIO28B_H2F_B;
output MMUART0_SCK_MGPIO29B_H2F_A;
output MMUART0_SCK_MGPIO29B_H2F_B;
output MMUART0_TXD_MGPIO27B_H2F_A;
output MMUART0_TXD_MGPIO27B_H2F_B;
output MMUART1_DTR_MGPIO12B_H2F_A;
output MMUART1_RTS_MGPIO11B_H2F_A;
output MMUART1_RTS_MGPIO11B_H2F_B;
output MMUART1_RXD_MGPIO26B_H2F_A;
output MMUART1_RXD_MGPIO26B_H2F_B;
output MMUART1_SCK_MGPIO25B_H2F_A;
output MMUART1_SCK_MGPIO25B_H2F_B;
output MMUART1_TXD_MGPIO24B_H2F_A;
output MMUART1_TXD_MGPIO24B_H2F_B;
output MPLL_LOCK;
output [15:2] PER2_FABRIC_PADDR;
output PER2_FABRIC_PENABLE;
output PER2_FABRIC_PSEL;
output [31:0] PER2_FABRIC_PWDATA;
output PER2_FABRIC_PWRITE;
output RTC_MATCH;
output SLEEPDEEP;
output SLEEPHOLDACK;
output SLEEPING;
output SMBALERT_NO0;
output SMBALERT_NO1;
output SMBSUS_NO0;
output SMBSUS_NO1;
output SPI0_CLK_OUT;
output SPI0_SDI_MGPIO5A_H2F_A;
output SPI0_SDI_MGPIO5A_H2F_B;
output SPI0_SDO_MGPIO6A_H2F_A;
output SPI0_SDO_MGPIO6A_H2F_B;
output SPI0_SS0_MGPIO7A_H2F_A;
output SPI0_SS0_MGPIO7A_H2F_B;
output SPI0_SS1_MGPIO8A_H2F_A;
output SPI0_SS1_MGPIO8A_H2F_B;
output SPI0_SS2_MGPIO9A_H2F_A;
output SPI0_SS2_MGPIO9A_H2F_B;
output SPI0_SS3_MGPIO10A_H2F_A;
output SPI0_SS3_MGPIO10A_H2F_B;
output SPI0_SS4_MGPIO19A_H2F_A;
output SPI0_SS5_MGPIO20A_H2F_A;
output SPI0_SS6_MGPIO21A_H2F_A;
output SPI0_SS7_MGPIO22A_H2F_A;
output SPI1_CLK_OUT;
output SPI1_SDI_MGPIO11A_H2F_A;
output SPI1_SDI_MGPIO11A_H2F_B;
output SPI1_SDO_MGPIO12A_H2F_A;
output SPI1_SDO_MGPIO12A_H2F_B;
output SPI1_SS0_MGPIO13A_H2F_A;
output SPI1_SS0_MGPIO13A_H2F_B;
output SPI1_SS1_MGPIO14A_H2F_A;
output SPI1_SS1_MGPIO14A_H2F_B;
output SPI1_SS2_MGPIO15A_H2F_A;
output SPI1_SS2_MGPIO15A_H2F_B;
output SPI1_SS3_MGPIO16A_H2F_A;
output SPI1_SS3_MGPIO16A_H2F_B;
output SPI1_SS4_MGPIO17A_H2F_A;
output SPI1_SS5_MGPIO18A_H2F_A;
output SPI1_SS6_MGPIO23A_H2F_A;
output SPI1_SS7_MGPIO24A_H2F_A;
output [9:0] TCGF;
output TRACECLK;
output [3:0] TRACEDATA;
output TX_CLK;
output TX_ENF;
output TX_ERRF;
output TXCTL_EN_RIF;
output [3:0] TXD_RIF;
output [7:0] TXDF;
output TXEV;
output WDOGTIMEOUT;
output F_ARREADY_HREADYOUT1;
output F_AWREADY_HREADYOUT0;
output [3:0] F_BID;
output [1:0] F_BRESP_HRESP0;
output F_BVALID;
output [63:0] F_RDATA_HRDATA01;
output [3:0] F_RID;
output F_RLAST;
output [1:0] F_RRESP_HRESP1;
output F_RVALID;
output F_WREADY;
output [15:0] MDDR_FABRIC_PRDATA;
output MDDR_FABRIC_PREADY;
output MDDR_FABRIC_PSLVERR;
input  CAN_RXBUS_F2H_SCP;
input  CAN_TX_EBL_F2H_SCP;
input  CAN_TXBUS_F2H_SCP;
input  COLF;
input  CRSF;
input  [1:0] F2_DMAREADY;
input  [15:0] F2H_INTERRUPT;
input  F2HCALIB;
input  [1:0] F_DMAREADY;
input  [31:0] F_FM0_ADDR;
input  F_FM0_ENABLE;
input  F_FM0_MASTLOCK;
input  F_FM0_READY;
input  F_FM0_SEL;
input  [1:0] F_FM0_SIZE;
input  F_FM0_TRANS1;
input  [31:0] F_FM0_WDATA;
input  F_FM0_WRITE;
input  [31:0] F_HM0_RDATA;
input  F_HM0_READY;
input  F_HM0_RESP;
input  FAB_AVALID;
input  FAB_HOSTDISCON;
input  FAB_IDDIG;
input  [1:0] FAB_LINESTATE;
input  FAB_M3_RESET_N;
input  FAB_PLL_LOCK;
input  FAB_RXACTIVE;
input  FAB_RXERROR;
input  FAB_RXVALID;
input  FAB_RXVALIDH;
input  FAB_SESSEND;
input  FAB_TXREADY;
input  FAB_VBUSVALID;
input  [7:0] FAB_VSTATUS;
input  [7:0] FAB_XDATAIN;
input  GTX_CLKPF;
input  I2C0_BCLK;
input  I2C0_SCL_F2H_SCP;
input  I2C0_SDA_F2H_SCP;
input  I2C1_BCLK;
input  I2C1_SCL_F2H_SCP;
input  I2C1_SDA_F2H_SCP;
input  MDIF;
input  MGPIO0A_F2H_GPIN;
input  MGPIO10A_F2H_GPIN;
input  MGPIO11A_F2H_GPIN;
input  MGPIO11B_F2H_GPIN;
input  MGPIO12A_F2H_GPIN;
input  MGPIO13A_F2H_GPIN;
input  MGPIO14A_F2H_GPIN;
input  MGPIO15A_F2H_GPIN;
input  MGPIO16A_F2H_GPIN;
input  MGPIO17B_F2H_GPIN;
input  MGPIO18B_F2H_GPIN;
input  MGPIO19B_F2H_GPIN;
input  MGPIO1A_F2H_GPIN;
input  MGPIO20B_F2H_GPIN;
input  MGPIO21B_F2H_GPIN;
input  MGPIO22B_F2H_GPIN;
input  MGPIO24B_F2H_GPIN;
input  MGPIO25B_F2H_GPIN;
input  MGPIO26B_F2H_GPIN;
input  MGPIO27B_F2H_GPIN;
input  MGPIO28B_F2H_GPIN;
input  MGPIO29B_F2H_GPIN;
input  MGPIO2A_F2H_GPIN;
input  MGPIO30B_F2H_GPIN;
input  MGPIO31B_F2H_GPIN;
input  MGPIO3A_F2H_GPIN;
input  MGPIO4A_F2H_GPIN;
input  MGPIO5A_F2H_GPIN;
input  MGPIO6A_F2H_GPIN;
input  MGPIO7A_F2H_GPIN;
input  MGPIO8A_F2H_GPIN;
input  MGPIO9A_F2H_GPIN;
input  MMUART0_CTS_F2H_SCP;
input  MMUART0_DCD_F2H_SCP;
input  MMUART0_DSR_F2H_SCP;
input  MMUART0_DTR_F2H_SCP;
input  MMUART0_RI_F2H_SCP;
input  MMUART0_RTS_F2H_SCP;
input  MMUART0_RXD_F2H_SCP;
input  MMUART0_SCK_F2H_SCP;
input  MMUART0_TXD_F2H_SCP;
input  MMUART1_CTS_F2H_SCP;
input  MMUART1_DCD_F2H_SCP;
input  MMUART1_DSR_F2H_SCP;
input  MMUART1_RI_F2H_SCP;
input  MMUART1_RTS_F2H_SCP;
input  MMUART1_RXD_F2H_SCP;
input  MMUART1_SCK_F2H_SCP;
input  MMUART1_TXD_F2H_SCP;
input  [31:0] PER2_FABRIC_PRDATA;
input  PER2_FABRIC_PREADY;
input  PER2_FABRIC_PSLVERR;
input  [9:0] RCGF;
input  RX_CLKPF;
input  RX_DVF;
input  RX_ERRF;
input  RX_EV;
input  [7:0] RXDF;
input  SLEEPHOLDREQ;
input  SMBALERT_NI0;
input  SMBALERT_NI1;
input  SMBSUS_NI0;
input  SMBSUS_NI1;
input  SPI0_CLK_IN;
input  SPI0_SDI_F2H_SCP;
input  SPI0_SDO_F2H_SCP;
input  SPI0_SS0_F2H_SCP;
input  SPI0_SS1_F2H_SCP;
input  SPI0_SS2_F2H_SCP;
input  SPI0_SS3_F2H_SCP;
input  SPI1_CLK_IN;
input  SPI1_SDI_F2H_SCP;
input  SPI1_SDO_F2H_SCP;
input  SPI1_SS0_F2H_SCP;
input  SPI1_SS1_F2H_SCP;
input  SPI1_SS2_F2H_SCP;
input  SPI1_SS3_F2H_SCP;
input  TX_CLKPF;
input  USER_MSS_GPIO_RESET_N;
input  USER_MSS_RESET_N;
input  XCLK_FAB;
input  CLK_BASE;
input  CLK_MDDR_APB;
input  [31:0] F_ARADDR_HADDR1;
input  [1:0] F_ARBURST_HTRANS1;
input  [3:0] F_ARID_HSEL1;
input  [3:0] F_ARLEN_HBURST1;
input  [1:0] F_ARLOCK_HMASTLOCK1;
input  [1:0] F_ARSIZE_HSIZE1;
input  F_ARVALID_HWRITE1;
input  [31:0] F_AWADDR_HADDR0;
input  [1:0] F_AWBURST_HTRANS0;
input  [3:0] F_AWID_HSEL0;
input  [3:0] F_AWLEN_HBURST0;
input  [1:0] F_AWLOCK_HMASTLOCK0;
input  [1:0] F_AWSIZE_HSIZE0;
input  F_AWVALID_HWRITE0;
input  F_BREADY;
input  F_RMW_AXI;
input  F_RREADY;
input  [63:0] F_WDATA_HWDATA01;
input  [3:0] F_WID_HREADY01;
input  F_WLAST;
input  [7:0] F_WSTRB;
input  F_WVALID;
input  FPGA_MDDR_ARESET_N;
input  [10:2] MDDR_FABRIC_PADDR;
input  MDDR_FABRIC_PENABLE;
input  MDDR_FABRIC_PSEL;
input  [15:0] MDDR_FABRIC_PWDATA;
input  MDDR_FABRIC_PWRITE;
input  PRESET_N;
input  CAN_RXBUS_USBA_DATA1_MGPIO3A_IN;
input  CAN_TX_EBL_USBA_DATA2_MGPIO4A_IN;
input  CAN_TXBUS_USBA_DATA0_MGPIO2A_IN;
input  [2:0] DM_IN;
input  [17:0] DRAM_DQ_IN;
input  [2:0] DRAM_DQS_IN;
input  [1:0] DRAM_FIFO_WE_IN;
input  I2C0_SCL_USBC_DATA1_MGPIO31B_IN;
input  I2C0_SDA_USBC_DATA0_MGPIO30B_IN;
input  I2C1_SCL_USBA_DATA4_MGPIO1A_IN;
input  I2C1_SDA_USBA_DATA3_MGPIO0A_IN;
input  MMUART0_RXD_USBC_STP_MGPIO28B_IN;
input  MMUART0_SCK_USBC_NXT_MGPIO29B_IN;
input  MMUART0_TXD_USBC_DIR_MGPIO27B_IN;
input  MMUART1_RXD_USBC_DATA3_MGPIO26B_IN;
input  MMUART1_SCK_USBC_DATA4_MGPIO25B_IN;
input  MMUART1_TXD_USBC_DATA2_MGPIO24B_IN;
input  RGMII_GTX_CLK_RMII_CLK_USBB_XCLK_IN;
input  RGMII_MDC_RMII_MDC_IN;
input  RGMII_MDIO_RMII_MDIO_USBB_DATA7_IN;
input  RGMII_RX_CLK_IN;
input  RGMII_RX_CTL_RMII_CRS_DV_USBB_DATA2_IN;
input  RGMII_RXD0_RMII_RXD0_USBB_DATA0_IN;
input  RGMII_RXD1_RMII_RXD1_USBB_DATA1_IN;
input  RGMII_RXD2_RMII_RX_ER_USBB_DATA3_IN;
input  RGMII_RXD3_USBB_DATA4_IN;
input  RGMII_TX_CLK_IN;
input  RGMII_TX_CTL_RMII_TX_EN_USBB_NXT_IN;
input  RGMII_TXD0_RMII_TXD0_USBB_DIR_IN;
input  RGMII_TXD1_RMII_TXD1_USBB_STP_IN;
input  RGMII_TXD2_USBB_DATA5_IN;
input  RGMII_TXD3_USBB_DATA6_IN;
input  SPI0_SCK_USBA_XCLK_IN;
input  SPI0_SDI_USBA_DIR_MGPIO5A_IN;
input  SPI0_SDO_USBA_STP_MGPIO6A_IN;
input  SPI0_SS0_USBA_NXT_MGPIO7A_IN;
input  USBC_XCLK_IN;
output CAN_RXBUS_USBA_DATA1_MGPIO3A_OUT;
output CAN_TX_EBL_USBA_DATA2_MGPIO4A_OUT;
output CAN_TXBUS_USBA_DATA0_MGPIO2A_OUT;
output [15:0] DRAM_ADDR;
output [2:0] DRAM_BA;
output DRAM_CASN;
output DRAM_CKE;
output DRAM_CLK;
output DRAM_CSN;
output [2:0] DRAM_DM_RDQS_OUT;
output [17:0] DRAM_DQ_OUT;
output [2:0] DRAM_DQS_OUT;
output [1:0] DRAM_FIFO_WE_OUT;
output DRAM_ODT;
output DRAM_RASN;
output DRAM_RSTN;
output DRAM_WEN;
output I2C0_SCL_USBC_DATA1_MGPIO31B_OUT;
output I2C0_SDA_USBC_DATA0_MGPIO30B_OUT;
output I2C1_SCL_USBA_DATA4_MGPIO1A_OUT;
output I2C1_SDA_USBA_DATA3_MGPIO0A_OUT;
output MMUART0_RXD_USBC_STP_MGPIO28B_OUT;
output MMUART0_SCK_USBC_NXT_MGPIO29B_OUT;
output MMUART0_TXD_USBC_DIR_MGPIO27B_OUT;
output MMUART1_RXD_USBC_DATA3_MGPIO26B_OUT;
output MMUART1_SCK_USBC_DATA4_MGPIO25B_OUT;
output MMUART1_TXD_USBC_DATA2_MGPIO24B_OUT;
output RGMII_GTX_CLK_RMII_CLK_USBB_XCLK_OUT;
output RGMII_MDC_RMII_MDC_OUT;
output RGMII_MDIO_RMII_MDIO_USBB_DATA7_OUT;
output RGMII_RX_CLK_OUT;
output RGMII_RX_CTL_RMII_CRS_DV_USBB_DATA2_OUT;
output RGMII_RXD0_RMII_RXD0_USBB_DATA0_OUT;
output RGMII_RXD1_RMII_RXD1_USBB_DATA1_OUT;
output RGMII_RXD2_RMII_RX_ER_USBB_DATA3_OUT;
output RGMII_RXD3_USBB_DATA4_OUT;
output RGMII_TX_CLK_OUT;
output RGMII_TX_CTL_RMII_TX_EN_USBB_NXT_OUT;
output RGMII_TXD0_RMII_TXD0_USBB_DIR_OUT;
output RGMII_TXD1_RMII_TXD1_USBB_STP_OUT;
output RGMII_TXD2_USBB_DATA5_OUT;
output RGMII_TXD3_USBB_DATA6_OUT;
output SPI0_SCK_USBA_XCLK_OUT;
output SPI0_SDI_USBA_DIR_MGPIO5A_OUT;
output SPI0_SDO_USBA_STP_MGPIO6A_OUT;
output SPI0_SS0_USBA_NXT_MGPIO7A_OUT;
output USBC_XCLK_OUT;
output CAN_RXBUS_USBA_DATA1_MGPIO3A_OE;
output CAN_TX_EBL_USBA_DATA2_MGPIO4A_OE;
output CAN_TXBUS_USBA_DATA0_MGPIO2A_OE;
output [2:0] DM_OE;
output [17:0] DRAM_DQ_OE;
output [2:0] DRAM_DQS_OE;
output I2C0_SCL_USBC_DATA1_MGPIO31B_OE;
output I2C0_SDA_USBC_DATA0_MGPIO30B_OE;
output I2C1_SCL_USBA_DATA4_MGPIO1A_OE;
output I2C1_SDA_USBA_DATA3_MGPIO0A_OE;
output MMUART0_RXD_USBC_STP_MGPIO28B_OE;
output MMUART0_SCK_USBC_NXT_MGPIO29B_OE;
output MMUART0_TXD_USBC_DIR_MGPIO27B_OE;
output MMUART1_RXD_USBC_DATA3_MGPIO26B_OE;
output MMUART1_SCK_USBC_DATA4_MGPIO25B_OE;
output MMUART1_TXD_USBC_DATA2_MGPIO24B_OE;
output RGMII_GTX_CLK_RMII_CLK_USBB_XCLK_OE;
output RGMII_MDC_RMII_MDC_OE;
output RGMII_MDIO_RMII_MDIO_USBB_DATA7_OE;
output RGMII_RX_CLK_OE;
output RGMII_RX_CTL_RMII_CRS_DV_USBB_DATA2_OE;
output RGMII_RXD0_RMII_RXD0_USBB_DATA0_OE;
output RGMII_RXD1_RMII_RXD1_USBB_DATA1_OE;
output RGMII_RXD2_RMII_RX_ER_USBB_DATA3_OE;
output RGMII_RXD3_USBB_DATA4_OE;
output RGMII_TX_CLK_OE;
output RGMII_TX_CTL_RMII_TX_EN_USBB_NXT_OE;
output RGMII_TXD0_RMII_TXD0_USBB_DIR_OE;
output RGMII_TXD1_RMII_TXD1_USBB_STP_OE;
output RGMII_TXD2_USBB_DATA5_OE;
output RGMII_TXD3_USBB_DATA6_OE;
output SPI0_SCK_USBA_XCLK_OE;
output SPI0_SDI_USBA_DIR_MGPIO5A_OE;
output SPI0_SDO_USBA_STP_MGPIO6A_OE;
output SPI0_SS0_USBA_NXT_MGPIO7A_OE;
output USBC_XCLK_OE;
parameter INIT = 'h0;
parameter ACT_UBITS = 'h0;
parameter MEMORYFILE = "";
parameter RTC_MAIN_XTL_FREQ = 0.0;
parameter RTC_MAIN_XTL_MODE = "";
parameter DDR_CLK_FREQ = 0.0;

endmodule